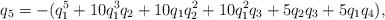
LaTeX: \begin{align*}q_5 &= - (q_1^5 + 10 q_1^3 q_2 + 10 q_1 q_2^2 + 10 q_1^2 q_3 + 5 q_2 q_3 + 5 q_1 q_4), \end{align*}